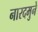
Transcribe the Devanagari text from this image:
नारदमुने